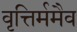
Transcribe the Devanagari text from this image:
वृत्तिर्ममैव